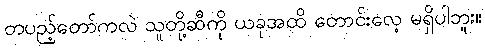
တပည့်တော်ကလဲ သူတို့ဆီကို ယခုအထိ တောင်းလေ့ မရှိပါဘူး။